Report of the Indian Hemp Drugs Commission, 1894-1895 - Volume V
Year: 1894
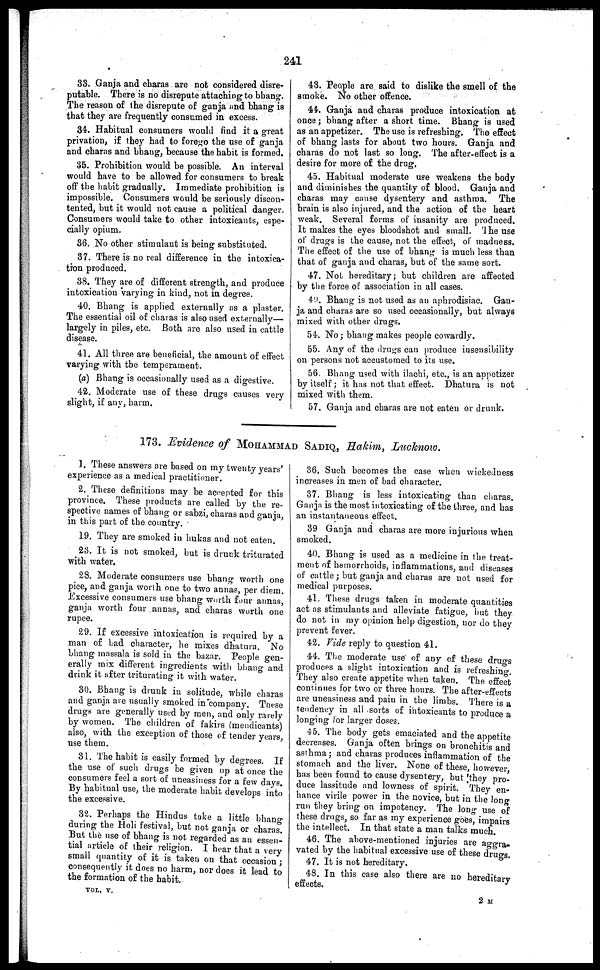
241
83. Ganja and charas are not considered disre-
putable. There is no disrepute attaching to bhang.
The reason of the disrepute of ganja and bhang is
that they are frequently consumed in excess.
34. Habitual consumers would find it a great
privation, if they had to forego the use of ganja
and charas and bhang, because the habit is formed.
35. Prohibition would be possible. An interval
would have to be allowed for consumers to break
off the habit gradually. Immediate prohibition is
impossible. Consumers would be seriously discon-
tented, but it would not cause a political danger.
Consumers would take to other intoxicants, espe-
cially opium.
36. No other stimulant is being substituted.
37. There is no real difference in the intoxica-
tion produced.
38. They are of different strength, and produce
intoxication varying in kind, not in degree.
40. Bhang is applied externally as a plaster.
The essential oil of charas is also used externally—
largely in piles, etc. Both are also used in cattle
disease.
41. All three are beneficial, the amount of effect
varying with the temperament.
(a) Bhang is occasionally used as a digestive.
42. Moderate use of these drugs causes very
slight, if any, harm.
43. People are said to dislike the smell of the
smoke. No other offence.
44. Ganja and charas produce intoxication at
once ; bhang after a short time. Bhang is used
as an appetizer. The use is refreshing. The effect
of bhang lasts for about two hours. Ganja and
charas do not last so long. The after-effect is a
desire for more of the drug,
45. Habitual moderate use weakens the body
and diminishes the quantity of blood. Ganja and
charas may cause dysentery and asthma. The
brain is also injured, and the action of the heart
weak. Several forms of insanity are produced.
It makes the eyes bloodshot and small. The use
of drugs is the cause, not the effect, of madness.
The effect of the use of bhang is much less than
that of ganja and charas, but of the same sort.
47. Not hereditary; but children are affected
by the force of association in all cases.
49. Bhang is not used as an aphrodisiac. Gan-
ja and charas are so used occasionally, but always
mixed with other drugs.
54. No; bhang makes people cowardly.
55. Any of the drugs can produce insensibility
on persons not accustomed to its use.
56. Bhang used with ilachi, etc., is an appetizer
by itself ; it has not that effect. Dhatura is not
mixed with them.
57. Ganja and charas are not eaten or drunk.
173. Evidence of MOHAMMAD SADIQ, Hakim, Lucknow.
1. These answers are based on my twenty years'
experience as a medical practitioner.
2. These definitions may be accepted for this
province. These products are called by the re-
spective names of bhang or sabzi, charas and ganja,
in this part of the country.
19. They are smoked in hukas and not eaten.
23. It is not smoked, but is drunk triturated
with water.
28. Moderate consumers use bhang worth one
pice, and ganja worth one to two annas, per diem.
Excessive consumers use bhang worth four annas,
ganja worth four annas, and charas worth one
rupee.
29. If excessive intoxication is required by a
man of bad character, he mixes dhatura. No
bhang massala is sold in the bazar. People gen-
erally mix different ingredients with bhang and
drink it after triturating it with water.
30. Bhang is drunk in solitude, while charas
and ganja are usually smoked in company. These
drugs are generally used by men, and only rarely
by women. The children of fakirs (mendicants)
also, with the exception of those of tender years,
use them.
31. The habit is easily formed by degrees. If
the use of such drugs be given up at once the
consumers feel a sort of uneasiness for a few days.
By habitual use, the moderate habit develops into
the excessive.
32. Perhaps the Hindus take a little bhang
during the Holi festival, but not ganja or charas.
But the use of bhang is not regarded as an essen-
tial article of their religion. I hear that a very
small quantity of it is taken on that occasion ;
consequently it does no harm, nor does it lead to
the formation of the habit.
36. Such becomes the case when wickedness
increases in men of bad character.
37. Bhang is less intoxicating than charas.
Ganja is the most intoxicating of the three, and has
an instantaneous effect.
39 Ganja and charas are more injurious when
smoked.
40. Bhang is used as a medicine in the treat-
ment of hemorrhoids, inflammations, and diseases
of cattle ; but ganja and charas are not used for
medical purposes.
41. These drugs taken in moderate quantities
act as stimulants and alleviate fatigue, hut they
do not in my opinion help digestion, nor do they
prevent fever.
42. Vide reply to question 41.
44. The moderate use of any of these drugs
produces a slight intoxication and is refreshing.
They also create appetite when taken. The effect
continues for two or three hours. The after-effects
are uneasiness and pain in the limbs. There is a
tendency in all sorts of intoxicants to produce a
longing lor larger doses.
45. The body gets emaciated and the appetite
decreases. Ganja often brings on bronchitis and
asthma; and charas produces inflammation of the
stomach and the liver. None of these, however,
has been found to cause dysentery, but they pro-
duce lassitude and lowness of spirit. They en-
hance virile power in the novice, but in the long
run they bring on impotency. The long use of
these drugs, so far as my experience goes, impairs
the intellect. In that state a man talks much.
46. The above-mentioned injuries are aggra-
vated by the habitual excessive use of these drugs.
47. It is not hereditary.
48. In this case also there are no hereditary
effects.
VOL. V.
2 M